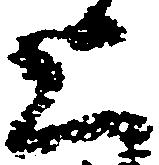
上